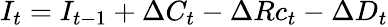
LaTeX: I_{t}=I_{t-1}+\Delta C_{t}-\Delta Rc_{t}-\Delta D_{t}